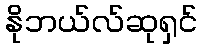
နိုဘယ်လ်ဆုရှင်